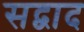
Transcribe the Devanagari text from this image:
सद्वाद